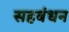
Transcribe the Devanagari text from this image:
सहबंधन